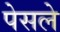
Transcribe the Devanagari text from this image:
पेसले